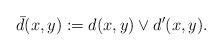
LaTeX: \begin{align*}\bar{d}(x,y):=d(x,y)\vee d'(x,y).\end{align*}